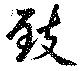
致